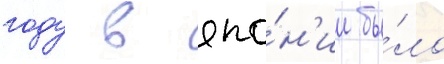
году в япо́н'ии бы́ло